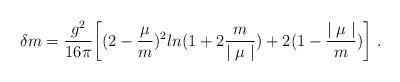
LaTeX: \begin{align*}\delta m = \frac{g^2}{16\pi}\biggl[(2-\frac{\mu}{m})^2ln(1+2\frac{m}{\mid \mu\mid})+ 2(1-\frac{\mid \mu\mid}{m})\biggr]\ . \end{align*}